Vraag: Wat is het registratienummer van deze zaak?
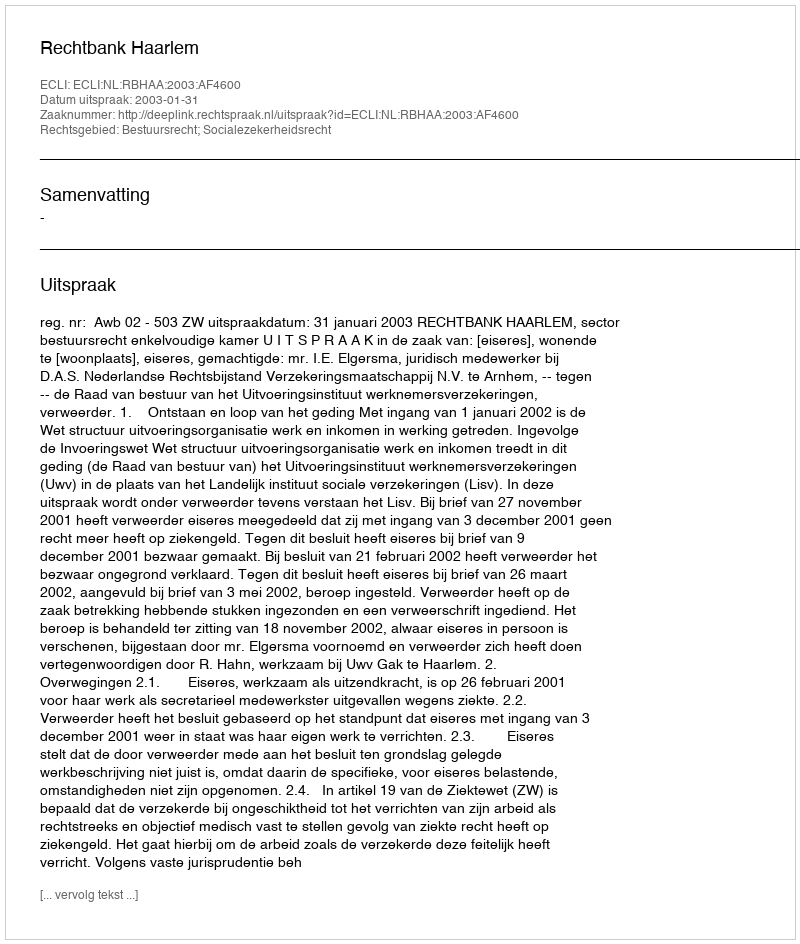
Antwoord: http://deeplink.rechtspraak.nl/uitspraak?id=ECLI:NL:RBHAA:2003:AF4600